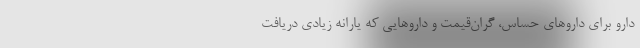
دارو برای داروهای حساس، گران‌قیمت و داروهایی که یارانه زیادی دریافت